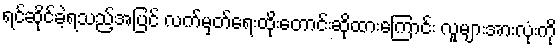
ရင်ဆိုင်ခဲ့ရသည့်အပြင် လက်မှတ်ရေးထိုးတောင်းဆိုထားကြောင်း လူများအားလုံးကို